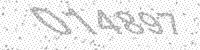
Solution: 014897